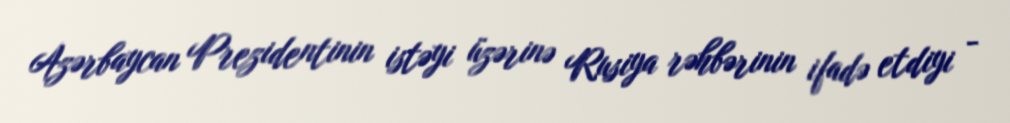
Azərbaycan Prezidentinin istəyi üzərinə Rusiya rəhbərinin ifadə etdiyi -